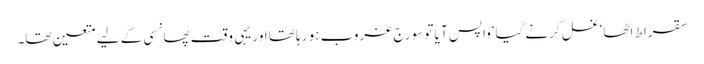
سقراط اٹھا‘غسل کرنے گیا‘واپس آ یا تو سورج غروب ہو رہا تھا اور یہی وقت پھانسی کے لیے متعین تھا۔